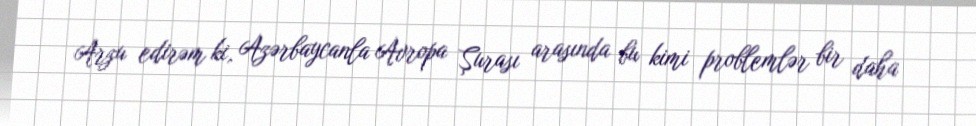
Arzu edirəm ki, Azərbaycanla Avropa Şurası arasında bu kimi problemlər bir daha